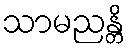
သာမညန္တိ